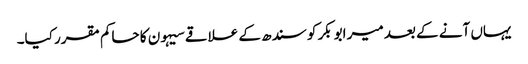
یہاں آنے کے بعد میر ابوبکر کو سندھ کے علاقے سیہون کا حاکم مقرر کیا۔